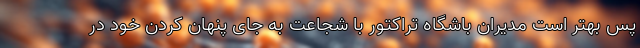
پس بهتر است مدیران باشگاه تراکتور با شجاعت به جای پنهان کردن خود در